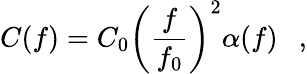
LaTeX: C(f)=C_{0}\left({\frac{f}{f_{0}}}\right)^{2}\alpha(f)~~\ ,